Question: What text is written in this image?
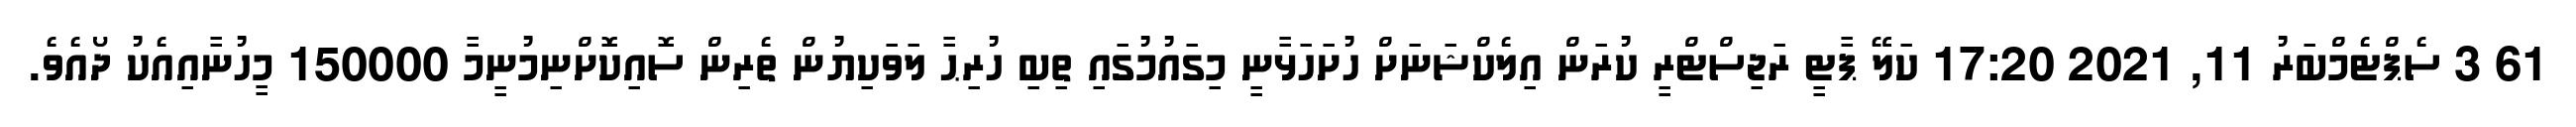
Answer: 61 3 ސެޕްޓެމްބަރު 11, 2021 17:20 ކަލޭ ޕާޓީ ރަޖިސްޓްރީ ކުރަން އިލެކްޝަނަށް ހުށަހަޅާނީ މިގައުމުގައި ތިބި ހުރިޙާ ލަވަކިޔުން ތެރިން ސޮއިކޮށްނިމުނީމާ 150000 މީހުނާއިއެކު ދޯއެވެ.